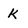
Character: k